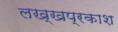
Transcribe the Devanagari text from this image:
लख्खप्रकाश